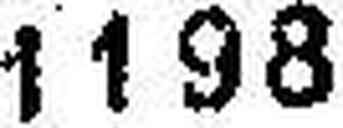
1198